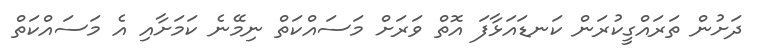
ދަށުން ތަރައްގީކުރަން ކަނޑައަޅާފަ އޮތް ވަރަށް މަސައްކަތް ނިމޭނެ ކަމަށާއި އެ މަސައްކަތް